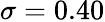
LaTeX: \sigma=0.40